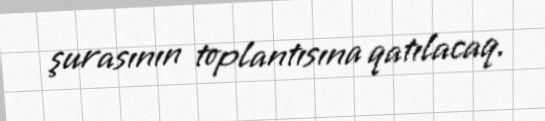
şurasının toplantısına qatılacaq.